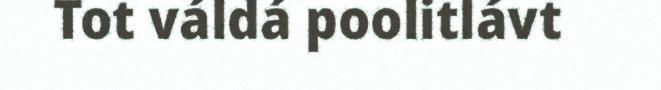
Tot váldá poolitlávt